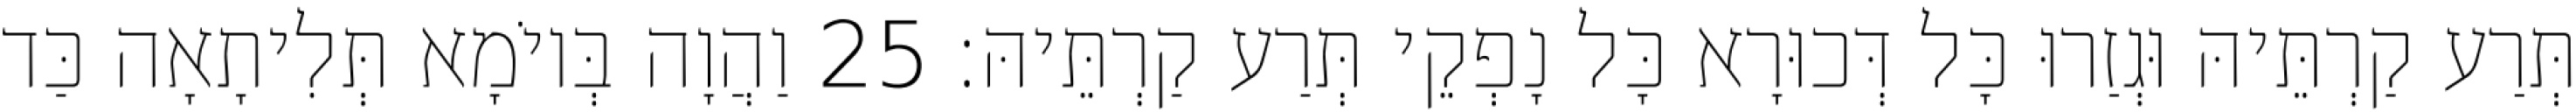
תְּרַע קַרְתֵּיהּ וּגְזַרוּ כָּל דְּכוּרָא כָּל נָפְקֵי תְּרַע קַרְתֵּיהּ׃ 25 וַהֲוָה בְּיוֹמָא תְּלִיתָאָה כַּד